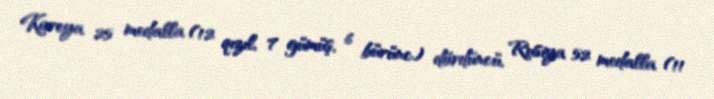
Koreya 25 medalla (12 qızıl, 7 gümüş, 6 bürünc) dördüncü, Rusiya 52 medalla (11